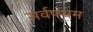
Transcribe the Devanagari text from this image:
सर्वपथम